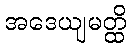
အဒေယျမတ္ထိ